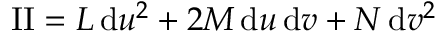
\mathrm { I I } = L \, { \mathrm { d } } u ^ { 2 } + 2 M \, { \mathrm { d } } u \, { \mathrm { d } } v + N \, { \mathrm { d } } v ^ { 2 }